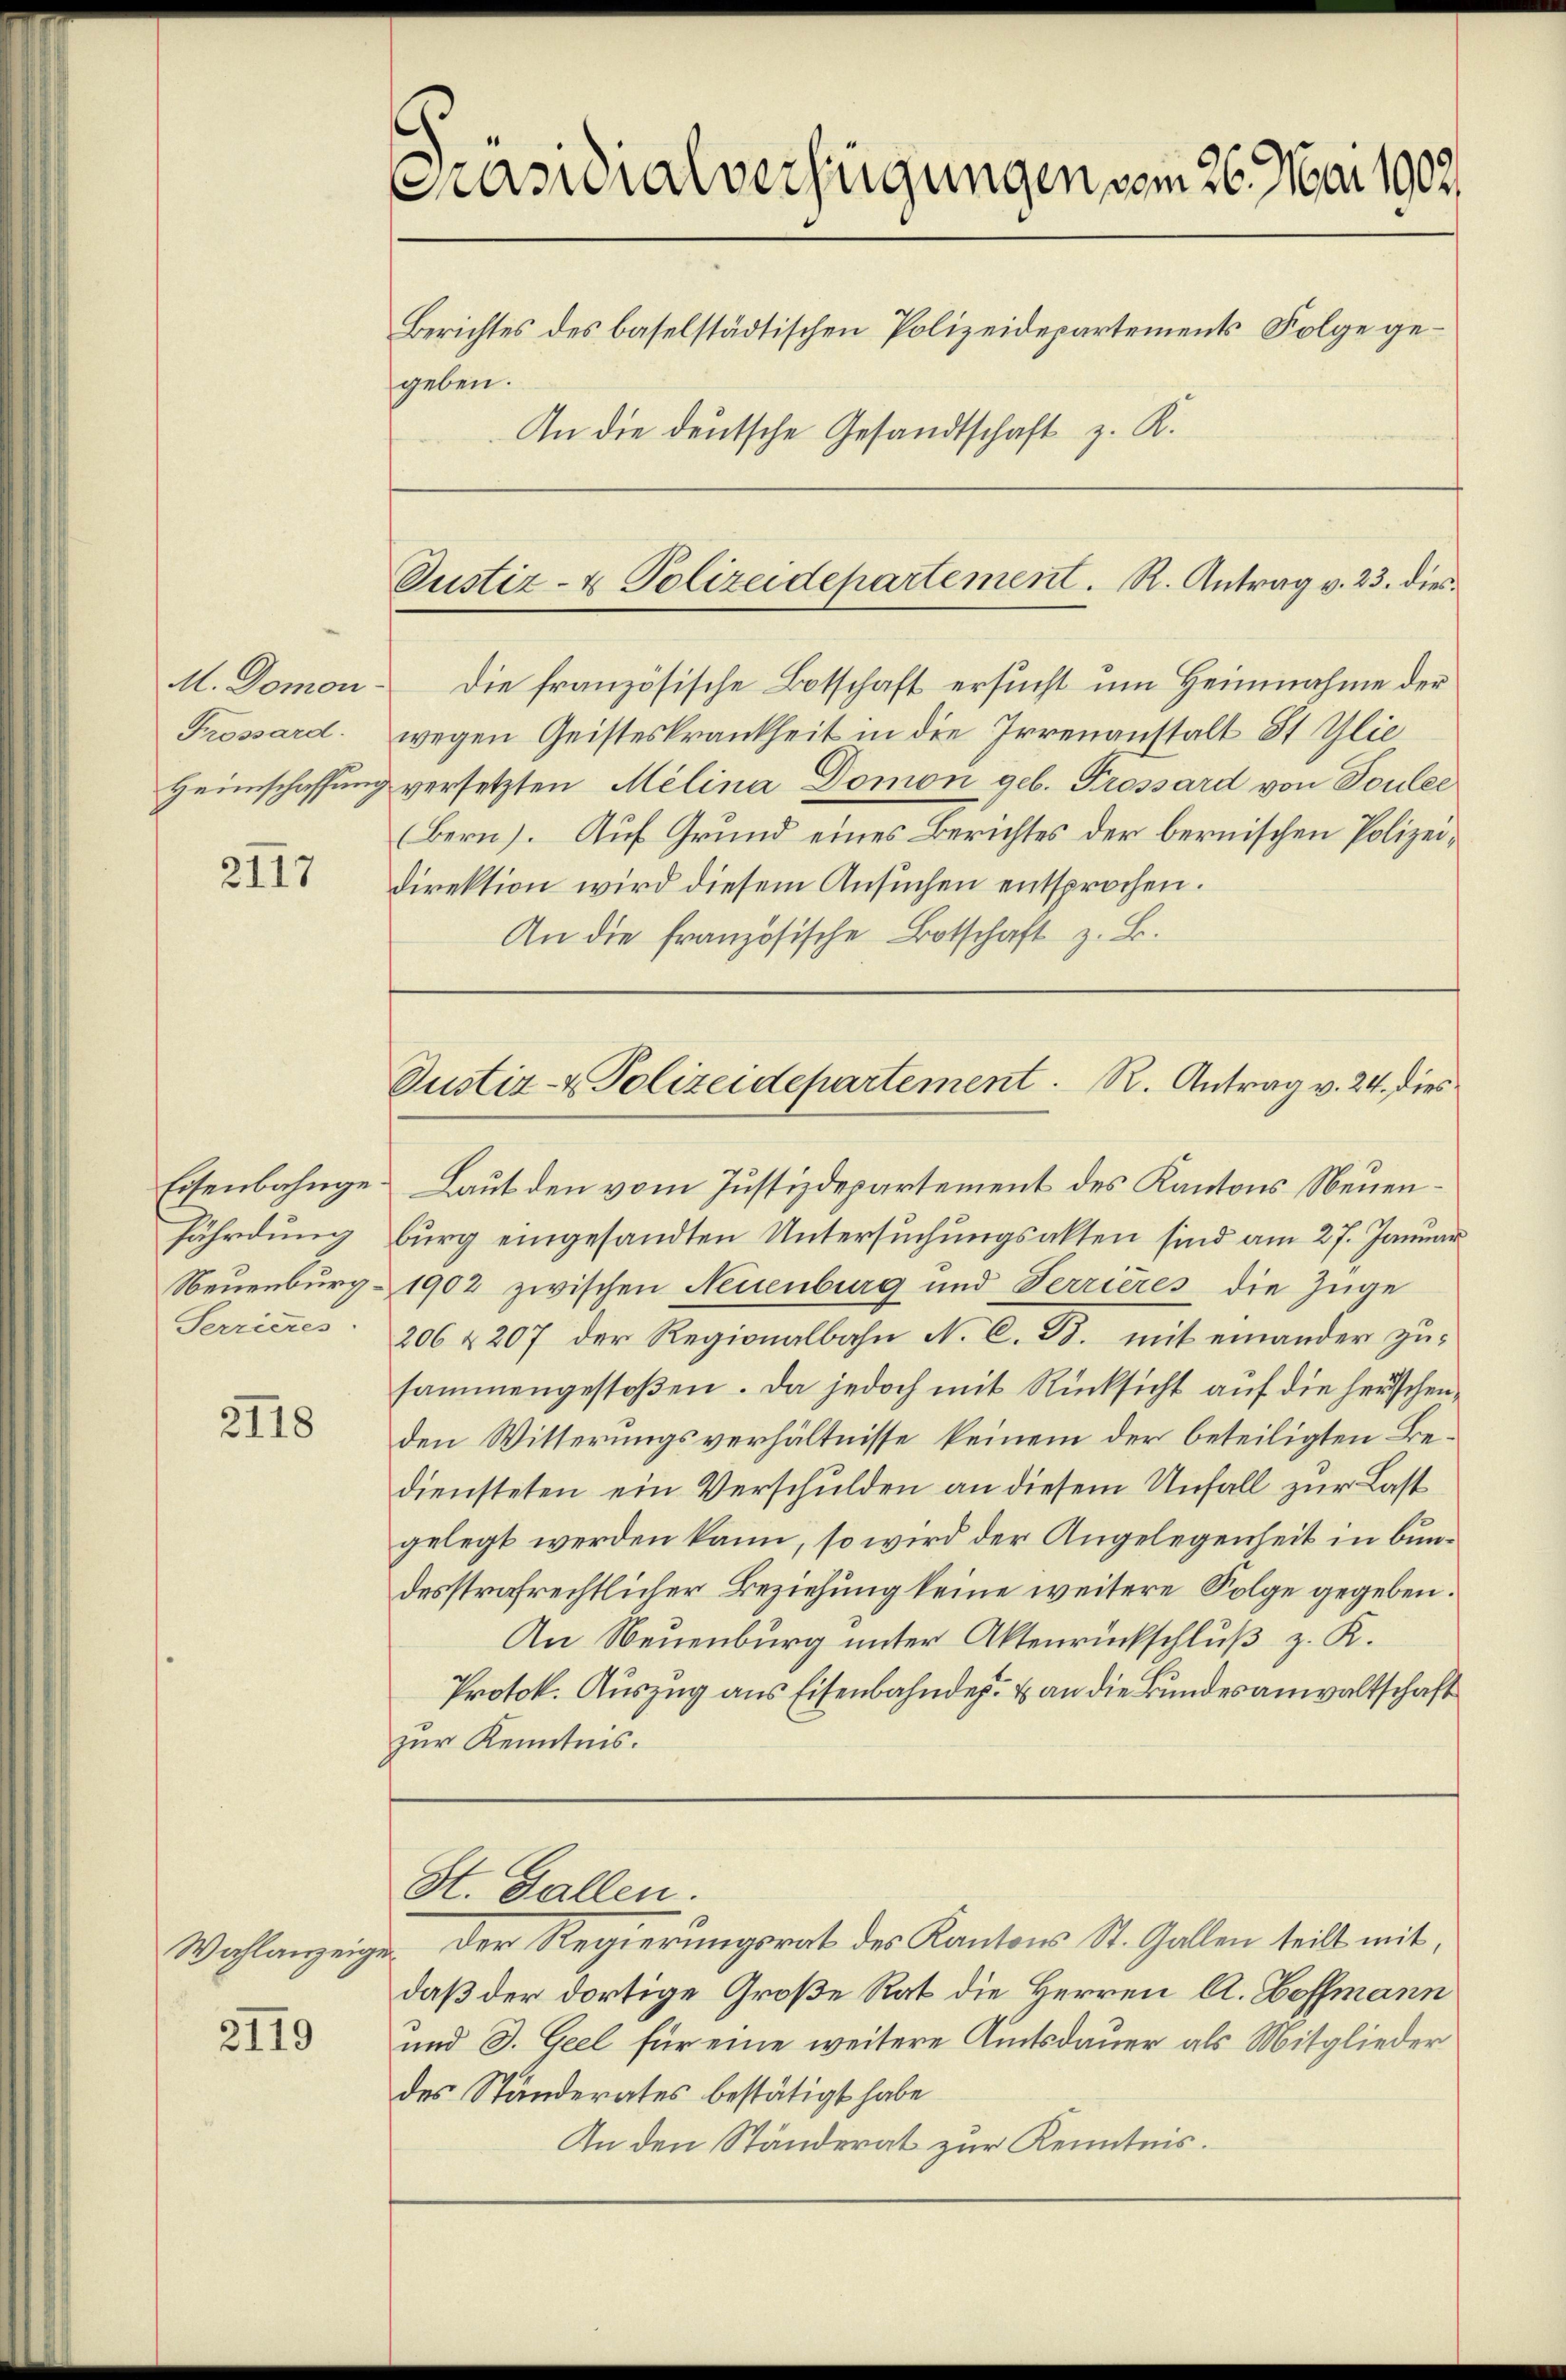
M. Domon
Frossard.

2117

Eisenbahngefährdung
Neuenburg.
Serrieres

2118

Wahlanzeige

2119

Präsidialverfügungen vom 26. Mai 1902.
Berichtes des baselstädtischen Polizeidepartements Folge gegeben.
An die deutsche Gesandtschaft z. R.

Justiz- & Polizeidepartement. R. Antrag v. 23. dies

Die französische Botschaft ersucht um Heimnahme der
wegen Geisteskrankheit in die Irrenanstalt St. Glie
Heimschaffung versetzten Melina Domon geb. Prossard von Touler
(Bern). Auf Grund eines Berichtes der bernischen Polizeidirektion wird diesem Ansuchen entsprochen.
An die französische Botschaft z. B.

Justiz- & Polizeidepartement. R. Antrag v. 24. dies

Laut den vom Justizdepartement des Kantons Neuenburg eingesandten Untersuchungsakten sind am 27. Januar
1902 zwischen Neuenburg und Terrieres die Züge
206 & 207 der Regionalbahn N. C. B. mit einander zusammengestoßen. Da jedoch mit Rücksicht auf die herschenden Witterungsverhältnisse keinem der beteiligten Bediensteten ein Verschulden an diesem Unfall zur Last
gelegt werden kann, so wird der Angelegenheit in bundesstrafrechtlicher Beziehung keine weitere Folge gegeben.
An Neuenburg unter Aktenrückschluß z. K.
Protok. Auszug aus Eisenbahnder- & an die Bundesanwaltschaft
zur Kenntnis.
St. Gallen.
Der Regierungsrat des Kantons St. Gallen teilt mit
daß der dortige Große Rat die Herren A. Hoffmann
und S. Geel für eine weitere Amtsdauer als Mitglieder
des Ständerates bestätigt habe
An den Ständerat zur Kenntnis.